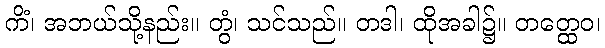
ကိံ၊ အဘယ်သို့နည်း။ တွံ၊ သင်သည်။ တဒါ၊ ထိုအခါ၌။ တတ္ထေဝ၊